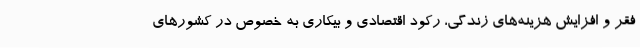
فقر و افزایش هزینه‌های زندگی، رکود اقتصادی و بیکاری به خصوص در کشورهای